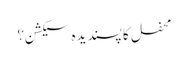
محفل کا پسندیدہ سیکشن؟